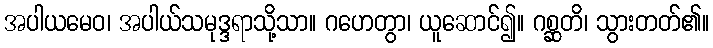
အပါယမေဝ၊ အပါယ်သမုဒ္ဒရာသို့သာ။ ဂဟေတွာ၊ ယူဆောင်၍။ ဂစ္ဆတိ၊ သွားတတ်၏။